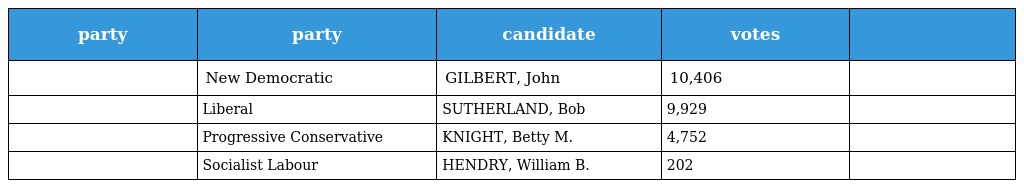
| party | party | candidate | votes |  |
 | --- | --- | --- | --- | --- |
 |  | New Democratic | GILBERT, John | 10,406 |  |
 |  | Liberal | SUTHERLAND, Bob | 9,929 |  |
 |  | Progressive Conservative | KNIGHT, Betty M. | 4,752 |  |
 |  | Socialist Labour | HENDRY, William B. | 202 |  |